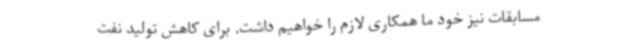
مسابقات نیز خود ما همکاری لازم را خواهیم داشت. برای کاهش تولید نفت